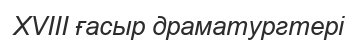
XVIII ғасыр драматургтері